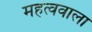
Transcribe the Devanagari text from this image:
महत्ववाला